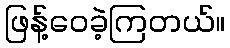
ဖြန့်ဝေခဲ့ကြတယ်။